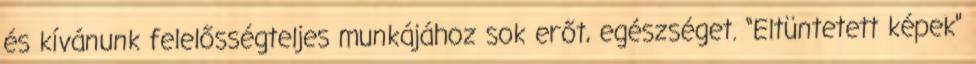
és kívánunk felelősségteljes munkájához sok erőt, egészséget. “Eltüntetett képek”